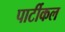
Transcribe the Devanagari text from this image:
पार्टीकल